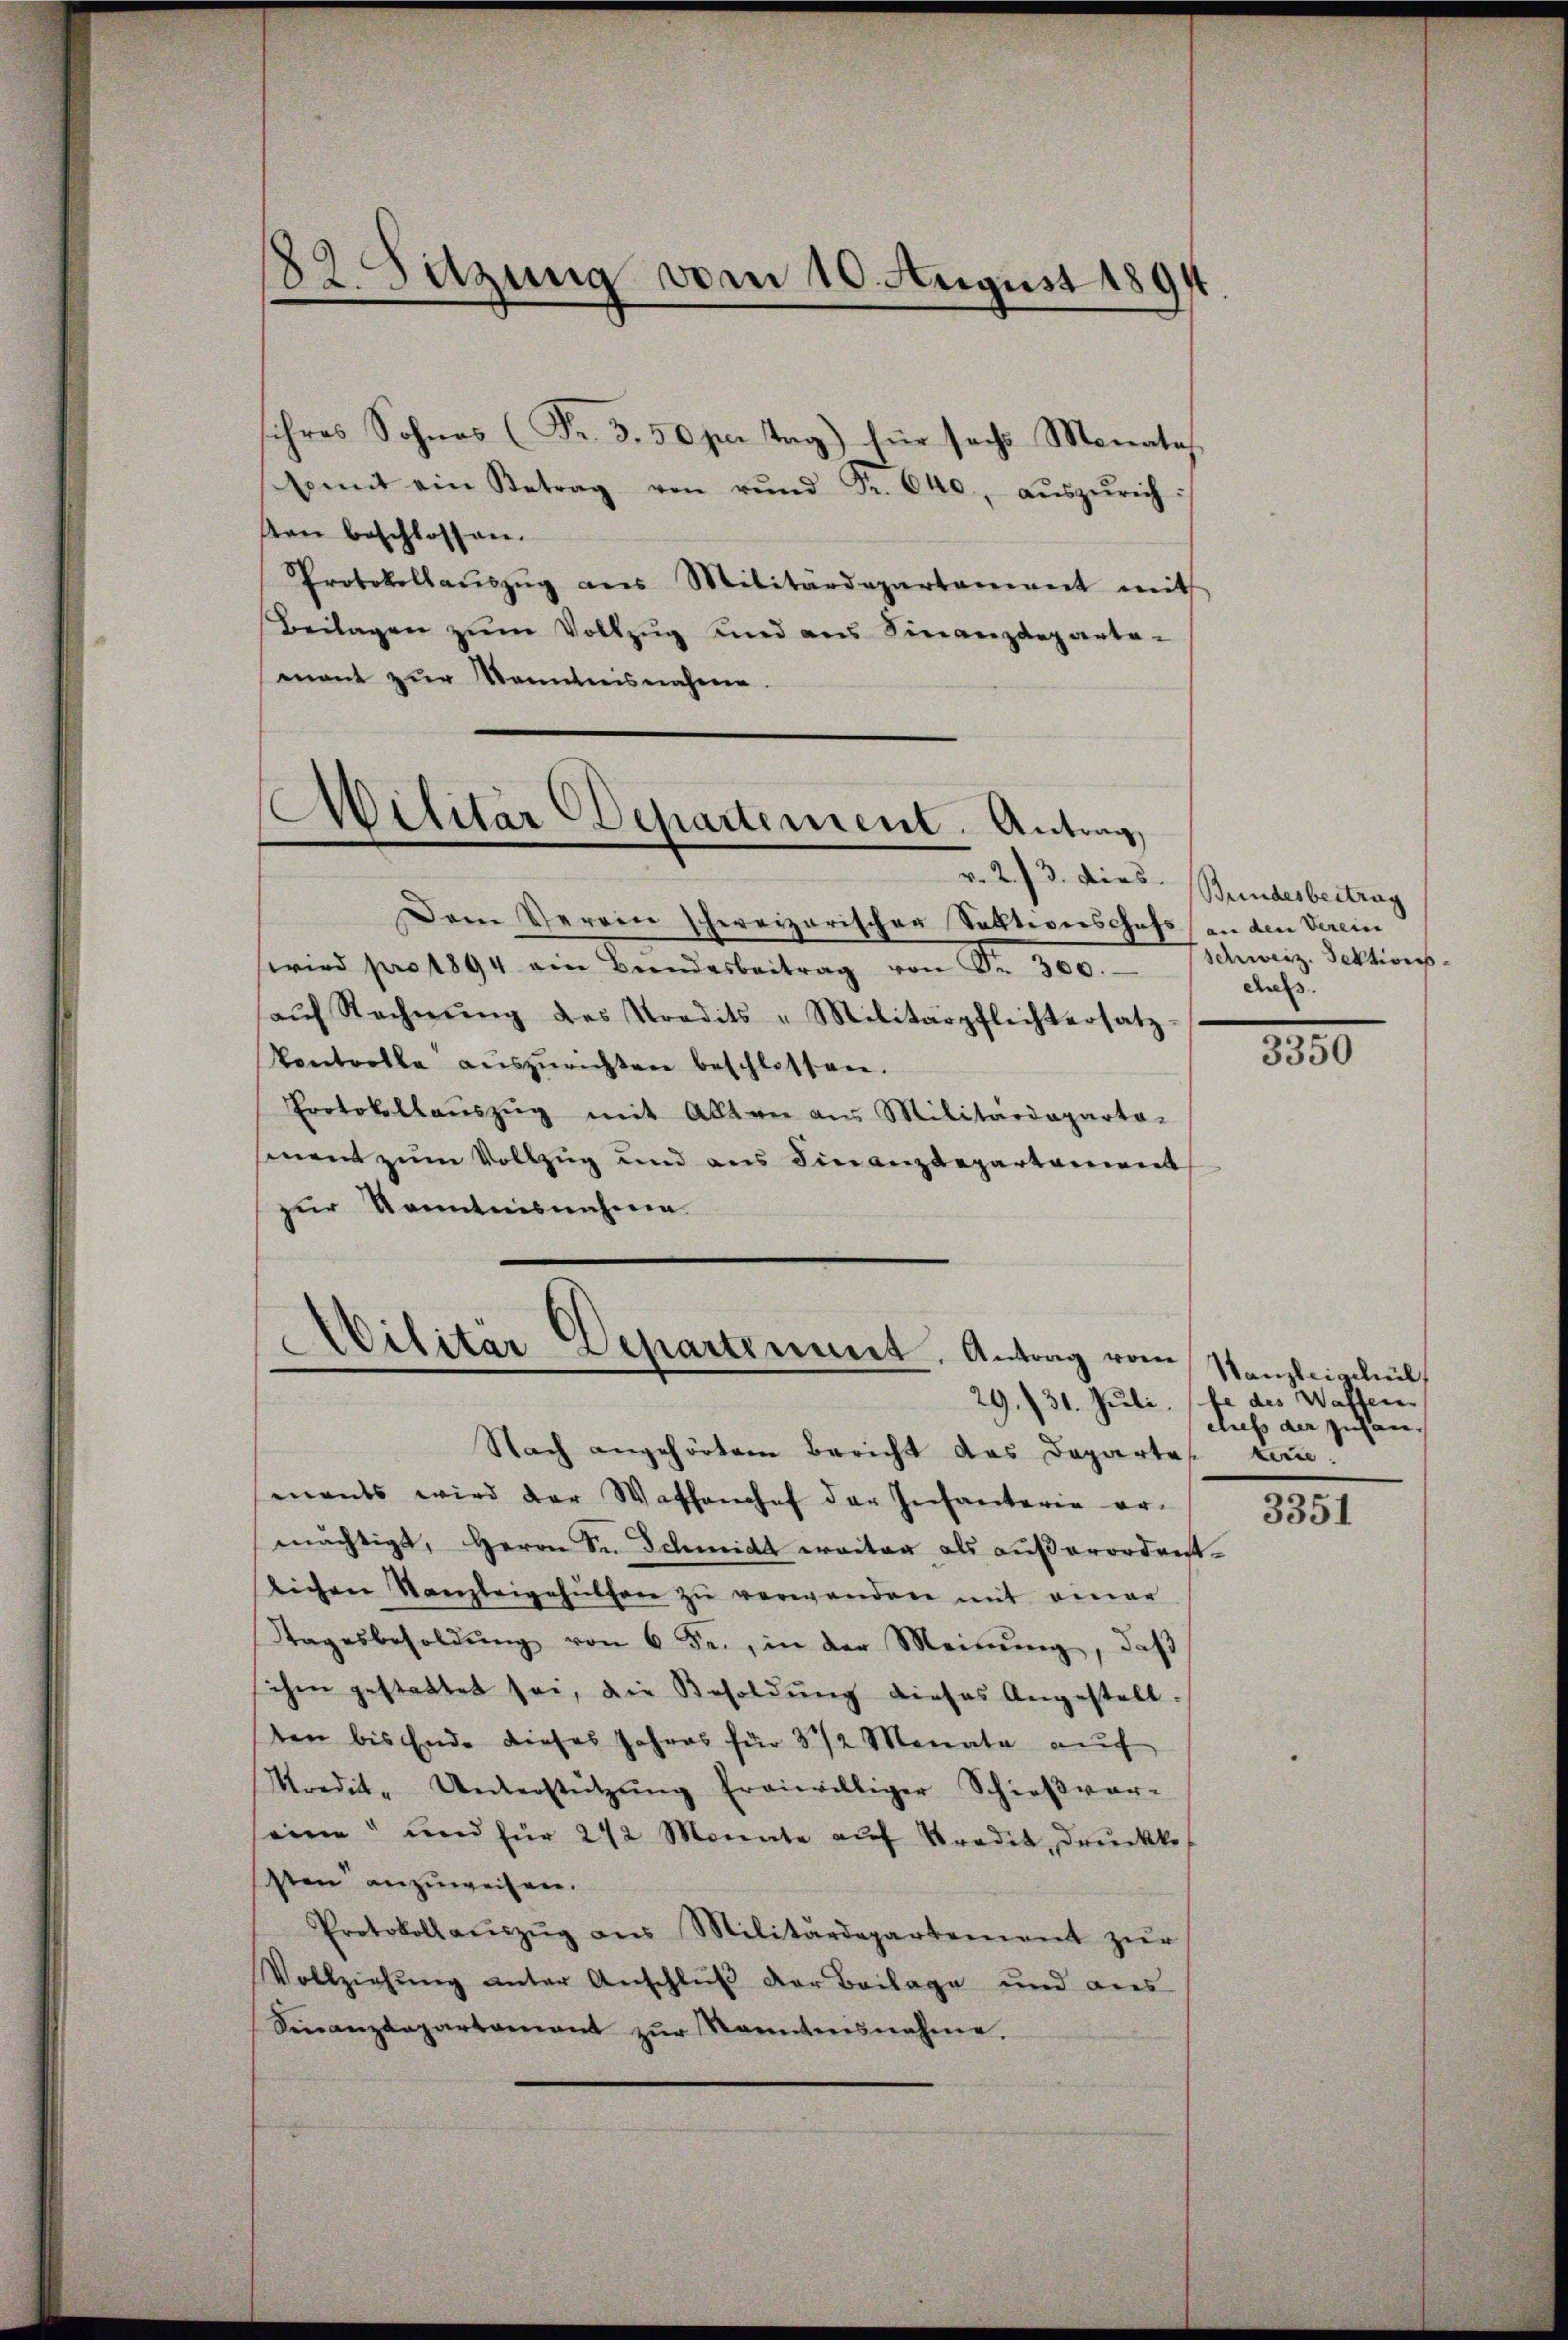
82 Sitzung vom 10. August 1891

sihres Sohnes (Fr. 3. 50 per Tag) für sechs Monates
somit ein Betrag von rŭnd Fr. 640, aŭszŭrichten beschlossen.
Protokollaŭszŭg ans Militärdepartament mit
Beilagen zum Vollzug und aus Finanzdeparta-
mont zur Kenntnisnahme.

Militär Departement. Antrag

v. 2. 73. Dies Bundesbertrag
Dem Herren schweizerischer Salltiverschofs (an den Verein
wird pro 1894 ein Bŭndesbeitrag von Sr. 300. schweiz. Sektionsaŭf Rechnŭng des Kredits - Militärpflichtersatz-
Vontrolle aŭszŭrichten beschlossen.
Protokollaŭszŭg mit Alten aus Militärdeparta-
ment zum Vollzug und aus Finanzdepartement
zur Kenntnisnahme

Militär Departement. Antrag vom Kanzleigehül
29./31. Juli

Nach angehörtem Bericht des Departes tun.
mants wird der Waffenhef der Infanterie er-
mächtigt, Herrn Se. Schmidt weiter als außerordentlichen Kanzleigehülfen zŭ verwanden mit einer
Stagesbesoldŭng von 6 Fr., in der Meinŭng, daβ
ihm gestattet sei, die Besoldŭng dieses Angestell-
ten bis Ende dieses Jahres für 3 1/2 Monate aŭf
Kredit- Unterstützŭng freiwilliger Schieβvar-
seine und für 212 Monate aŭf Predit, drückke
Von anzuweisen.
Protokoll aŭszŭg ans Militärdepartement zŭr
Vollziehŭng unter Anschluß der Beilage und aus
Sinanzdepartamant zŭr Kanntensnahme.

chefs.

3350

fe des Waffen
clues der zufan¬

3351